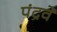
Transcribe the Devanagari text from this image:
पंद्रवें